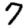
Digit: 7